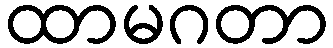
ထာမဂတာ